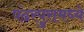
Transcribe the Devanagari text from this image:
पंढरपुरामध्ये